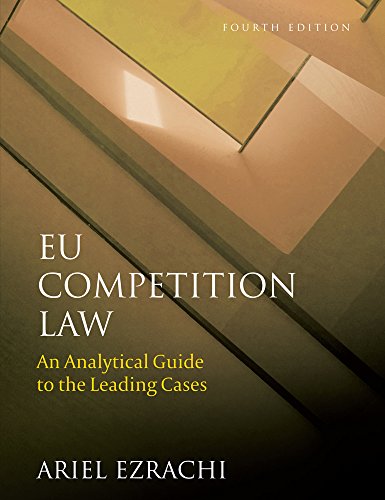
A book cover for EU Competition Law: An Analytical Guide to the Leading Cases (Fourth Edition); Ariel Ezrachi; Law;